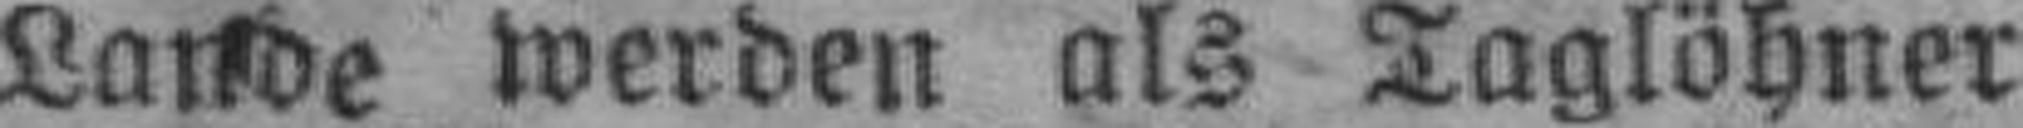
Lande werden als Taglöhner